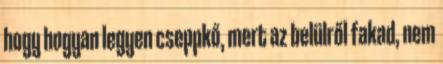
hogy hogyan legyen cseppkő, mert az belülről fakad, nem